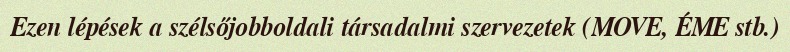
Ezen lépések a szélsőjobboldali társadalmi szervezetek (MOVE, ÉME stb.)